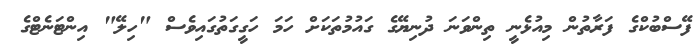
ފޭސްބުކްގެ ފަރާތުން މިއުޅެނީ ތިންވަނަ ދުނިޔޭގެ ގައުމުތަކަށް ހަމަ ހަގީގަތުގައިވެސް "ހިލޭ" އިންޓަނެޓްގެ